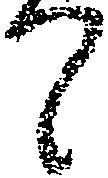
て